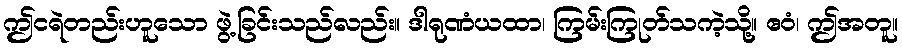
ဤငရဲတည်းဟူသော ဖွဲ့ခြင်းသည်လည်း။ ဒါရုဏံယထာ၊ ကြမ်းကြုတ်သကဲ့သို့။ ဧဝံ၊ ဤအတူ။